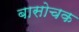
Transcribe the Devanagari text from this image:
बासोचक